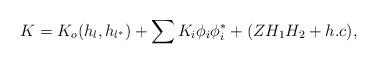
LaTeX: \begin{align*}K = K_{o}(h_{l}, h_{l^{*}}) + \sum K_{i}\phi_{i} \phi_{i}^{*} +(Z H_1 H_2 + h.c),\end{align*}